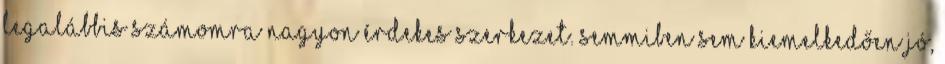
legalábbis számomra nagyon érdekes szerkezet. Semmiben sem kiemelkedően jó,